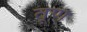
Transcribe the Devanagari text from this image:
तूण